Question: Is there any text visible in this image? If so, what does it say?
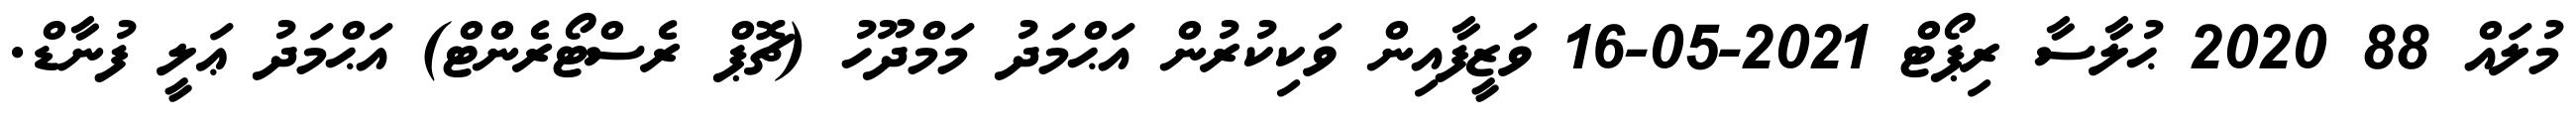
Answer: މުލައް 88 2020 ޙުލާސާ ރިޕޯޓް 2021-05-16 ވަޒީފާއިން ވަކިކުރުން އަޙްމަދު މަމްދޫހު (ޗޮޕް ރެސްޓޯރެންޓް) އަޙްމަދު ޢަލީ ފުނާޑް.